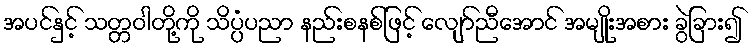
အပင်နှင့် သတ္တဝါတို့ကို သိပ္ပံပညာ နည်းစနစ်ဖြင့် လျော်ညီအောင် အမျိုးအစား ခွဲခြား၍